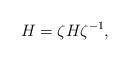
LaTeX: \begin{align*}{H} =\zeta {H} \zeta^{-1}, \end{align*}